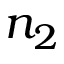
n _ { 2 }